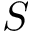
S